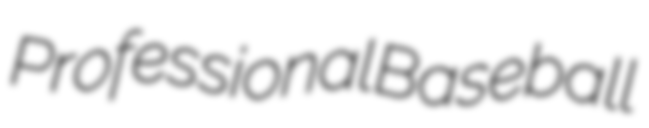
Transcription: Professional Baseball